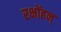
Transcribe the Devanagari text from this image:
रक्षोंहन्